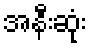
အနီးဆုံး